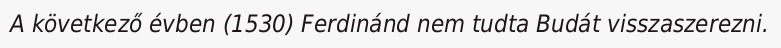
A következő évben (1530) Ferdinánd nem tudta Budát visszaszerezni.